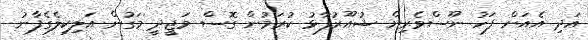
އަދި އެއަށް ފަހު ނޫސްވެރިން ޝުއޫރުފާޅު ކުރަމުން ގޮސް މަޖީދީ މަގުން އަލިކިލެގެފާނު